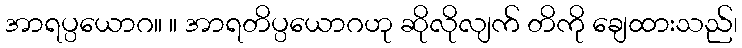
အာရပ္ပယောဂ။ ။ အာရတိပ္ပယောဂဟု ဆိုလိုလျက် တိကို ချေထားသည်၊